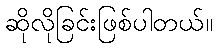
ဆိုလိုခြင်းဖြစ်ပါတယ်။